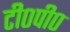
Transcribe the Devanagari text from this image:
टी०पी०